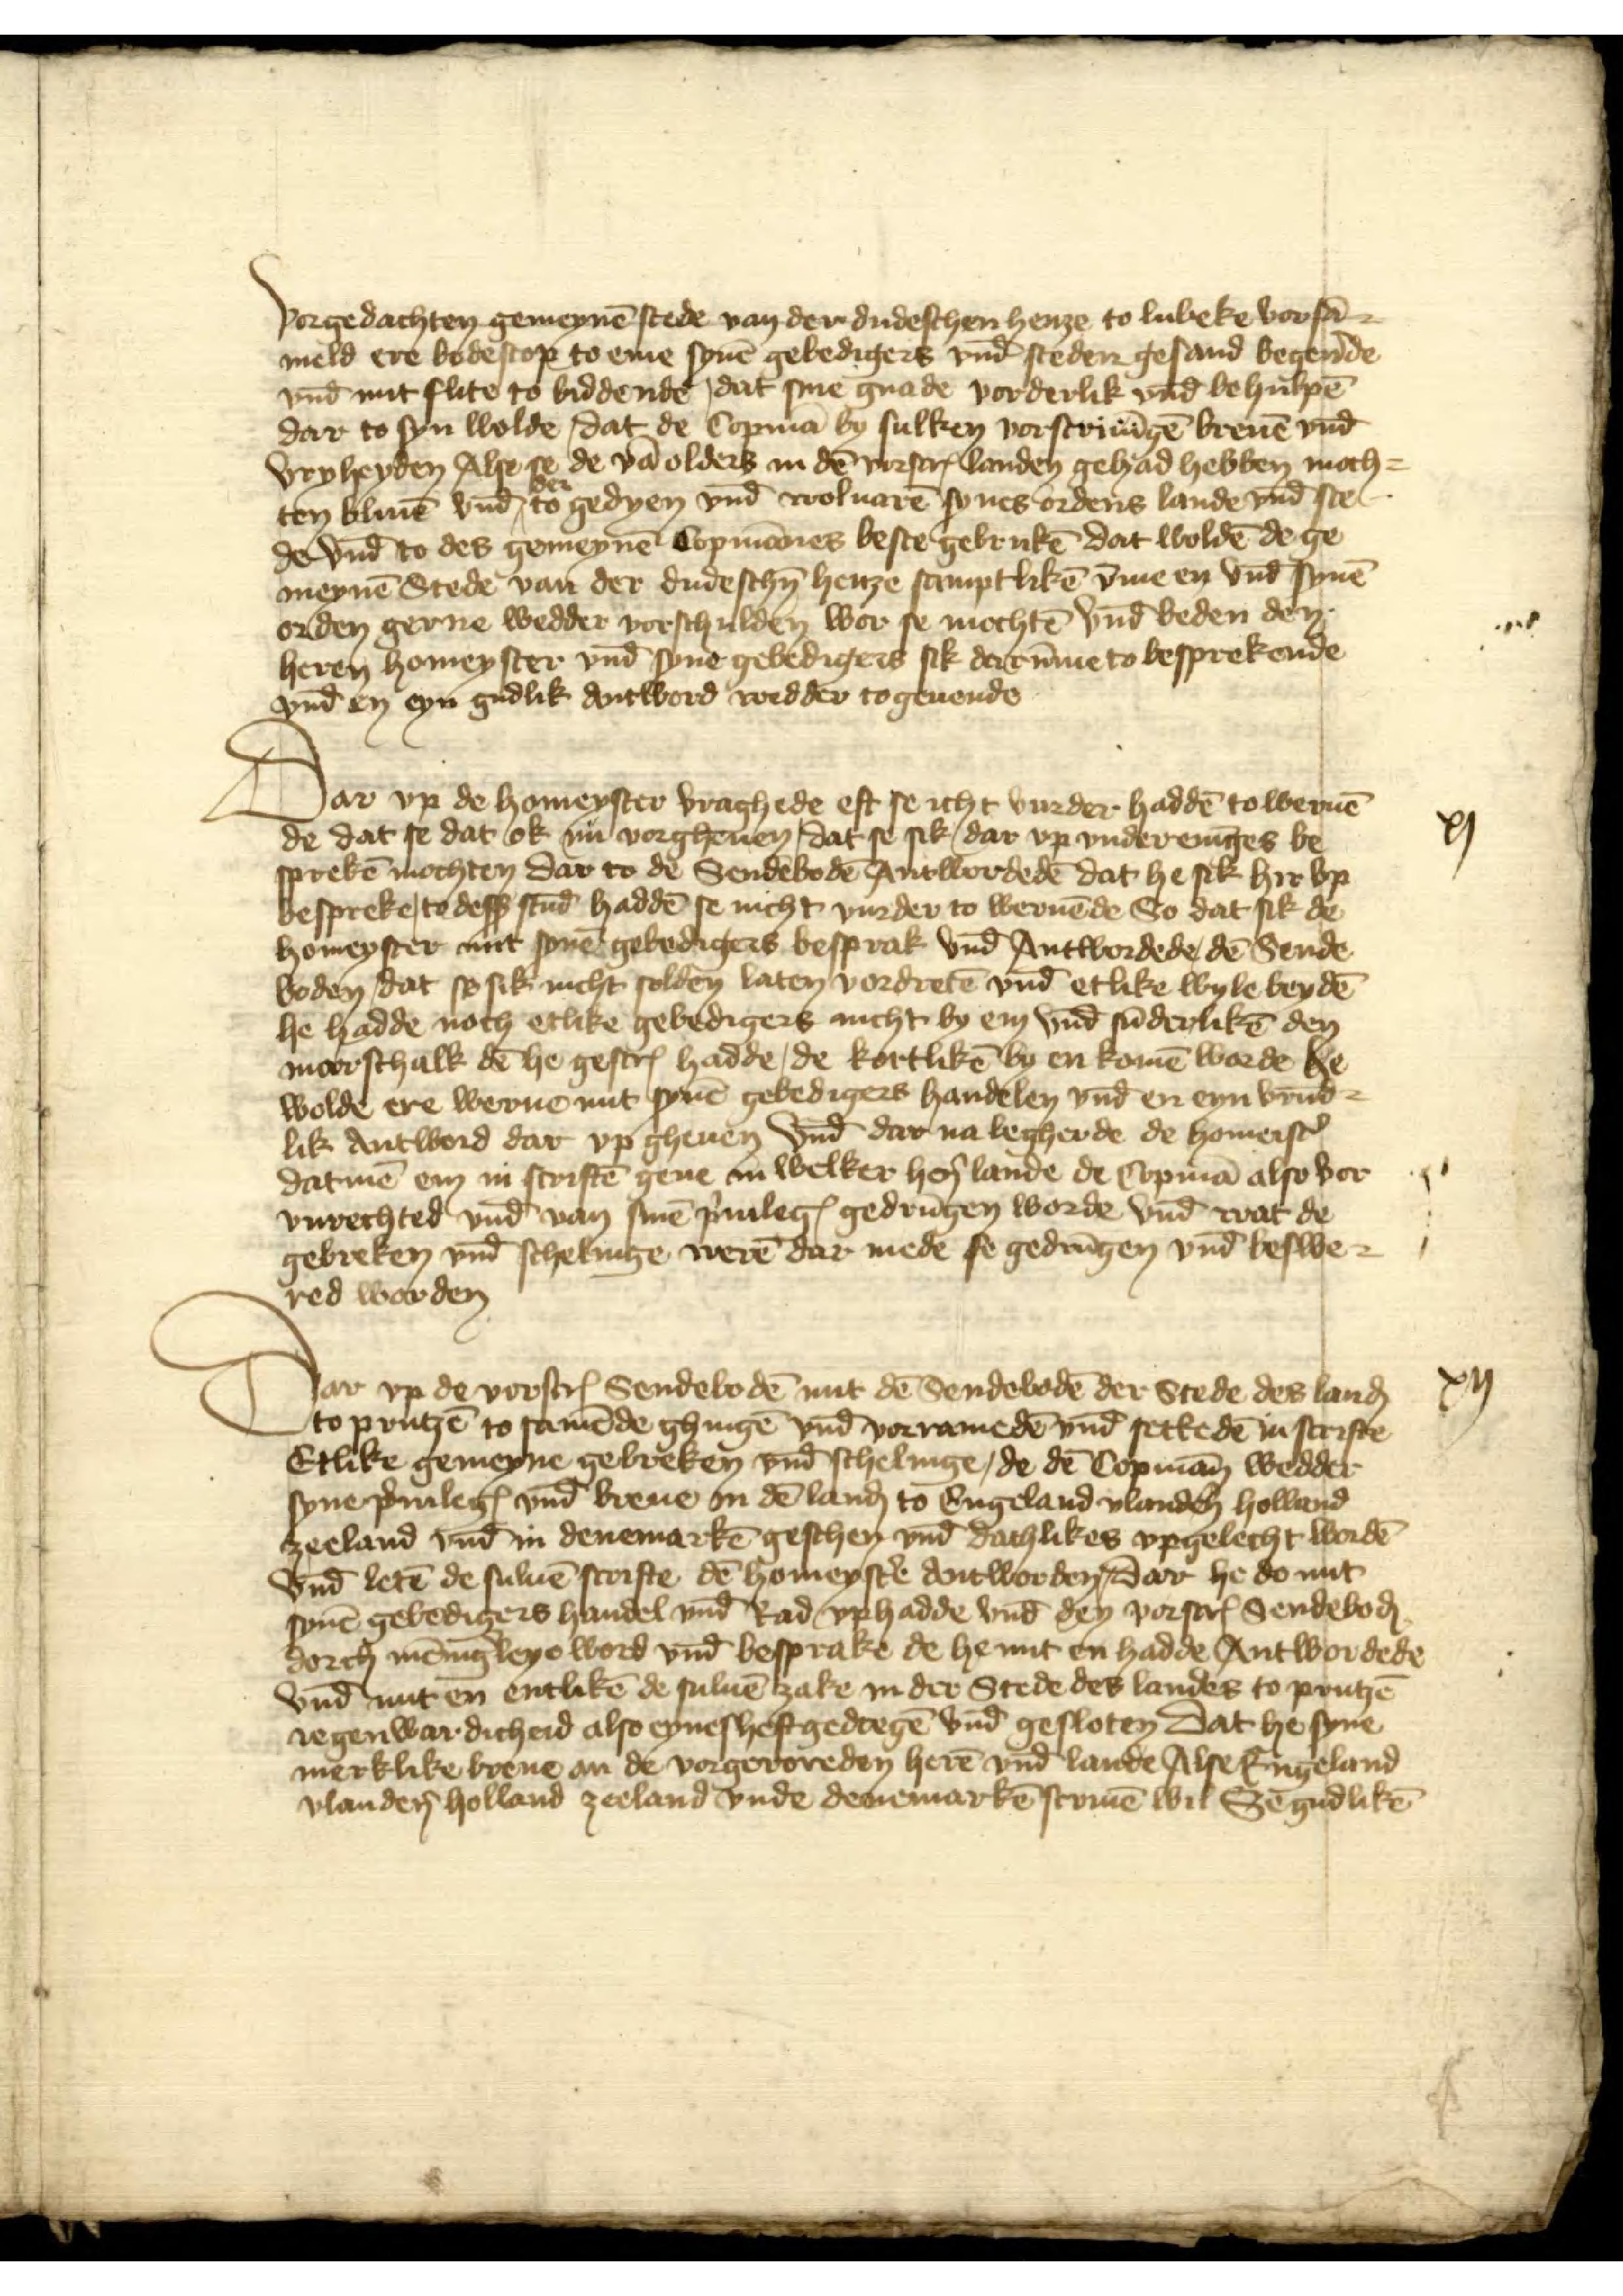
vorgedachten gemeynē stede van der dudeschen henze to Lubeke vorsā¬
meld ere bodescop to eme synē gebedigers vnd̄ steden gesand begẻnde
vnde mit flite to biddende, dat sine gnade vorderlik vnd behulpē
dar to syn wolde, dat de Copmā by sulken vorscriū breuē vnd̄
vryheyden Alse se de vā olders in dē vorscrꝬ landen gehad hebben moch¬
ten bliuē vnde der to gedyen vnd̄ woluarē synes ordens lande vnd̄ stei 
de vnd̄ to des gemeynē Copmānes beste gebrukē dat woldē de ge¬
meynē Stede van der dudeschē henze samptlikē v̄me en vnd̄ synē
orden gerne wedder vorschulden wor se mochtē vnd̄ beden den
heren homeyster vnd̄ syne gebedigers sik darūme to besprekende
vnd en eyn gudlik Antword wedder togeuende

xi

Dar vp de homeyster vraghede eft se icht vurder haddē to weruē
de dat se dat ok nu vorgheuen, dat se sik, dar vp vnder enīges be¬
sprekē mochten dar to de Sendebodē Antwordedē dat he sik hir vp
bespreke, to desß stunde haddē se nicht vurder to weruēde So dat sik de
homeyster mit synē gebedigers besprak vnd̄ Antwordede dē Sende¬
boden, dat se sik nicht solden laten vordretē vnd̄ etlike wyle beydē
he hadde noch etlike gebedigers nicht by em vnd sūderlikē den
moerschalk dē he gescrꝬ hadde, de kortlikē by en komē worde he
wolde ere werue mit synē gebedigers handelen vnd̄ en eyn vrūd¬
lik Antword dar vp gheuen vnd dar na begherde de homeistẻ
datmē em in scriftē geue in welker hẻn lande de Copmā also vor¬
vnrechted vnd̄ van sinē ꝑuilegꝬ gedrūgen worde vnd̄ wat de
gebreken vnd̄ schelinge werē dar mede se gedrūgen vnd beswe¬
red worden

xij

Dar vp de vorscrꝬ Sendebodē mit dē Sendebodē der Stede des lanḑ
to Prutzē to samēde ghingē vnd̄ vorramedē vnd̄ settedē in scrifte
Etlike gemeyne gebreken vnde schelinge, de dē Copmān wedder
syne p̉uilegꝬ vnd breue in dē lanḑ to Engeland Vlandẻn Holland
zeeland vnd in Denemarkē geschen vnd dachlikes vpgelecht wordē
vnd̄ letē de suluē scrifte dē homeystẻ Antworden, dar he do mit
synē gebedigers handel vnd̄ Rad vphadde vnd̄ den vorscrꝬ Sendeboḑ
dorch mēnig̉leye word vnd̄ besprake de he mit en hadde Antwordede
vnd̄ mit en entlikē de suluē zake in der Stede des landes to Prutzē
regenwardicheid also eyneshefgedregē vnd̄ gesloten dat he syne
merklike breue an de vorgeroreden herē vnd̄ lande Alse Engeland
Vlandẻn Holland Zeeland vnde Denemarkē scriuē wil Se gudlikē